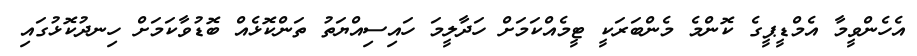
އެހެންވީމާ އެމްޑީޕީގެ ކޮންމެ މެންބަރަކީ ޓީމެއްކަމަށް ހަދާލީމަ ހައިސިއްޔަތު ތަންކޮޅެއް ބޮޑުވާކަމަށް ހިނދުކޮޅުގައި